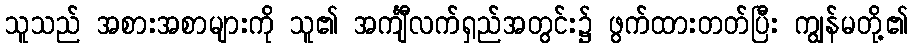
သူသည် အစားအစာများကို သူ၏ အင်္ကျီလက်ရှည်အတွင်း၌ ဖွက်ထားတတ်ပြီး ကျွန်မတို့၏